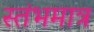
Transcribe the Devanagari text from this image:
स्तंभमात्र